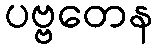
ပဗ္ဗတေန